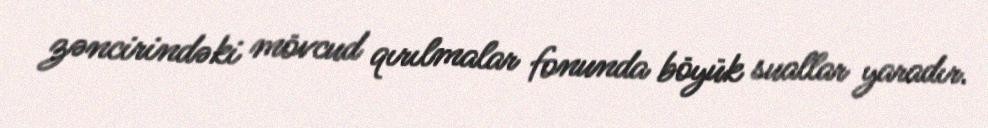
zəncirindəki mövcud qırılmalar fonunda böyük suallar yaradır.